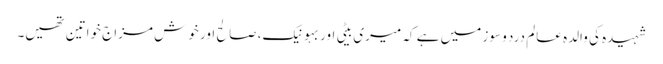
شہیدہ کی والدہ عالم درد و سوز میں ہے کہ میری بیٹی اور بہو نیک، صالح اور خوش مزاج خواتین تھیں۔